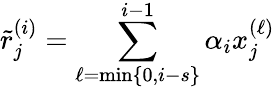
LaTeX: \tilde{r}_{j}^{(i)}=\sum_{\ell=\operatorname*{min}\{ 0,i-s\} }^{i-1}\alpha_{i}x_{j}^{(\ell)}